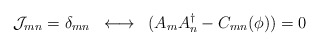
\begin{align*}{\cal J}_{mn} = \delta_{mn} \;\; \longleftrightarrow \;\; (A_{m} A^{\dagger}_{n} - C_{mn} (\phi)) = 0\end{align*}